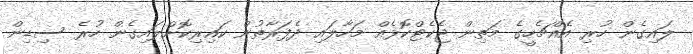
ލައިގެން ހުރި އެއްޗެހީގެ މަތިން ޖެކެޓްކޮޅެއް މަހާލައި ދެފަރާތުން ކައިރިކޮށްލައިގެން ހުރެ ސިޑިން